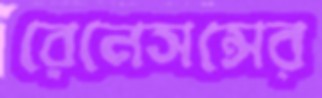
রেনেসন্সের